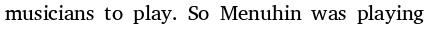
musicians to play. So Menuhin was playing